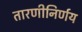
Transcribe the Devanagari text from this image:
तारणीनिर्णय